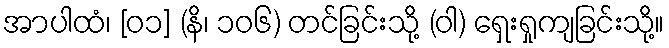
အာပါထံ၊ [၀၁] (နိ၊ ၁၀၆) တင်ခြင်းသို့ (ဝါ) ရှေးရှုကျခြင်းသို့။